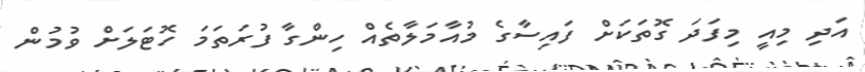
އަދި މިއީ މިފަދަ ގޮތަކަށް ފައިސާގެ މުއާމަލާތެއް ހިންގާ ފުރަތަމަ ހޮޓަލަށް ވުމުން